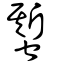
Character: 蟴